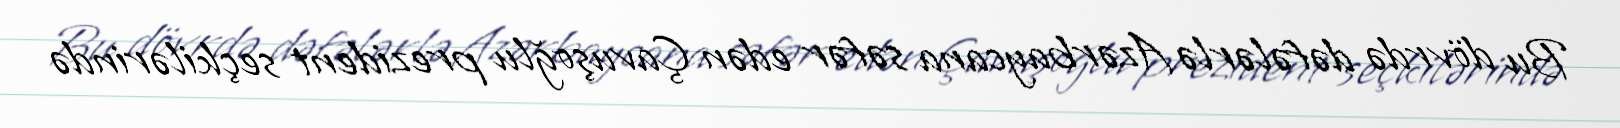
Bu dövrdə dəfələrlə Azərbaycana səfər edən Çavuşoğlu prezident seçkilərində